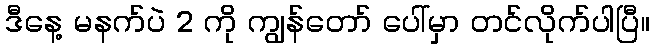
ဒီနေ့ မနက်ပဲ 2 ကို ကျွန်တော် ပေါ်မှာ တင်လိုက်ပါပြီ။